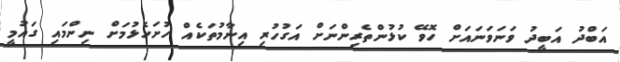
އަބްދު އަބީދު ވަނަވަނައަށް ހޮވޭ ކުޅުންތެރިންނަށް އަގުހުރި އިނާމުތަކެއް ހުށަހެޅުމަށް ނިންމައި ގައުމީ